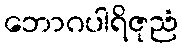
ဘောဂပါရိဇုညံ